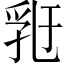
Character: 𠄀